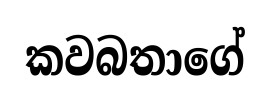
කවබතාගේ